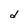
Character: d